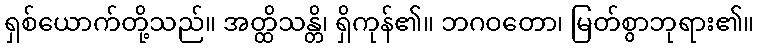
ရှစ်ယောက်တို့သည်။ အတ္ထိသန္တိ၊ ရှိကုန်၏။ ဘဂဝတော၊ မြတ်စွာဘုရား၏။